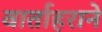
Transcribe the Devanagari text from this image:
वार्ताहराने